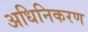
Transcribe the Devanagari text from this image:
अधिनिकरण